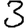
Digit: 3